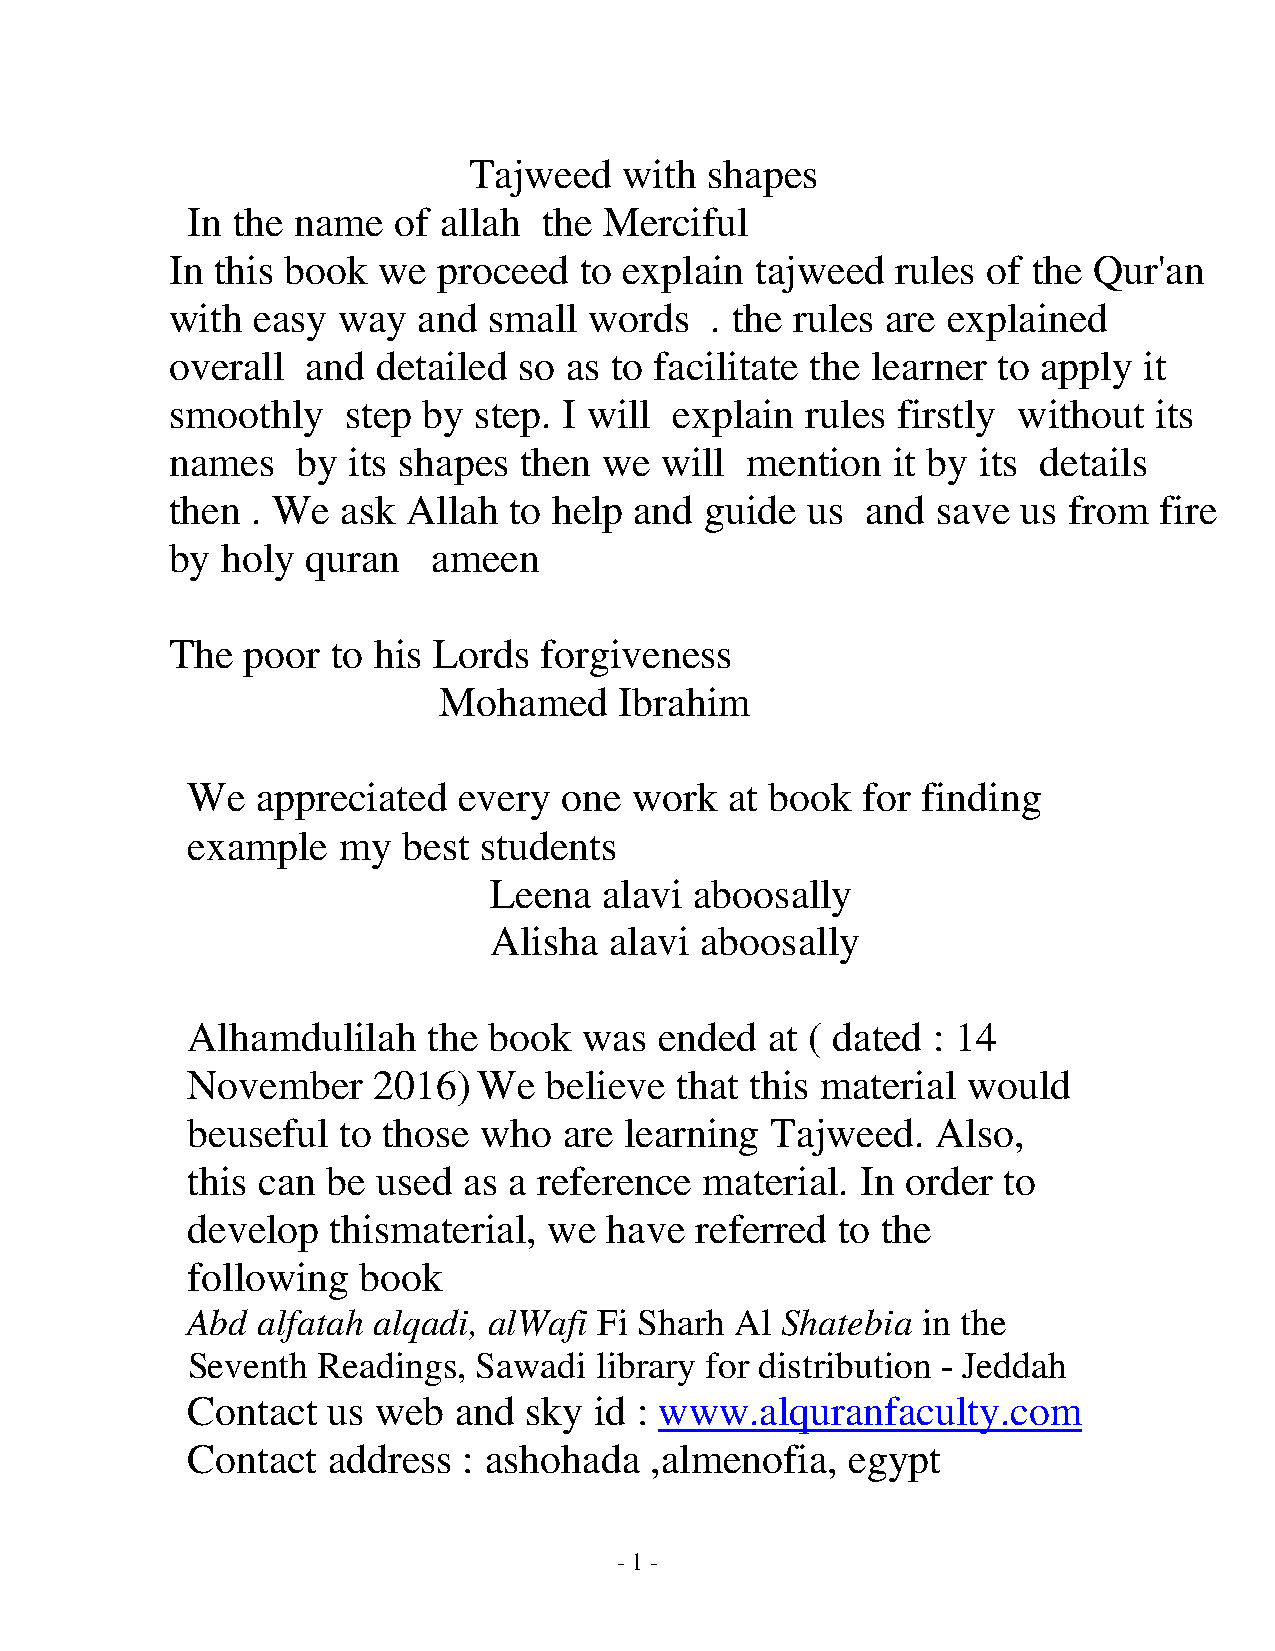
Tajweed   with  shapes
 In the name   of allah  the Merciful
 In this book  we  proceed  to explain  tajweed  rules of the Qur'an
 with  easy way   and small  words   . the rules are explained
 overall  and  detailed so as to facilitate the learner to apply  it
 smoothly    step by step. I will  explain rules firstly without  its
 names    by its shapes then  we  will mention   it by its details
 then  . We  ask Allah  to help and  guide us  and  save  us from  fire
 by  holy quran    ameen
 The  poor  to his Lords  forgiveness
 Mohamed     Ibrahim
 We   appreciated  every  one  work  at book  for finding
 example   my   best students
 Leena   alavi aboosally
 Alisha  alavi aboosally
 Alhamdulilah    the book   was  ended  at ( dated : 14
 November     2016)We    believe  that this material would
 beuseful  to those  who  are learning  Tajweed.   Also,
 this can  be used  as a reference  material. In order to
 develop   thismaterial, we  have  referred to the
 following   book
 Abd  alfatah alqadi, alWafi Fi Sharh Al Shatebia in the
 Seventh  Readings,  Sawadi library for distribution - Jeddah
 Contact   us web  and  sky id : www.alquranfaculty.com
 Contact   address  : ashohada  ,almenofia,  egypt
 - 1 -